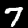
Label: 7